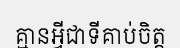
គ្មានអ្វីជាទីគាប់ចិត្ត